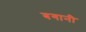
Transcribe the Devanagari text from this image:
बगानी